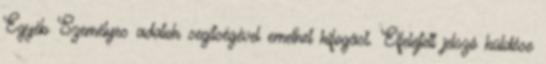
Egyéb Személyes adatok segítségével emelhet kifogást. Elfelejtett jelszó küldése